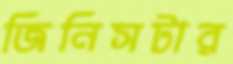
জিনিসটার